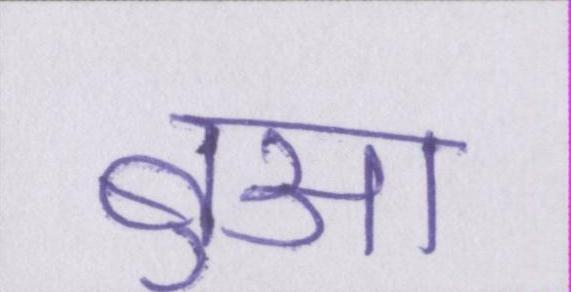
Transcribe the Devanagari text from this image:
बुआ